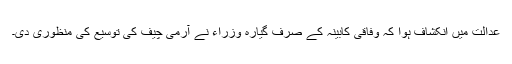
عدالت میں انکشاف ہوا کہ وفاقی کابینہ کے صرف گیارہ وزراء نے آرمی چیف کی توسیع کی منظوری دی۔